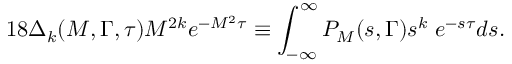
1 8 \Delta _ { k } ( M , \Gamma , \tau ) M ^ { 2 k } e ^ { - M ^ { 2 } \tau } \equiv \int _ { - \infty } ^ { \infty } P _ { M } ( s , \Gamma ) s ^ { k } \; e ^ { - s \tau } d s .